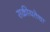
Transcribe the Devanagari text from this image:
सक्रीयतेचा